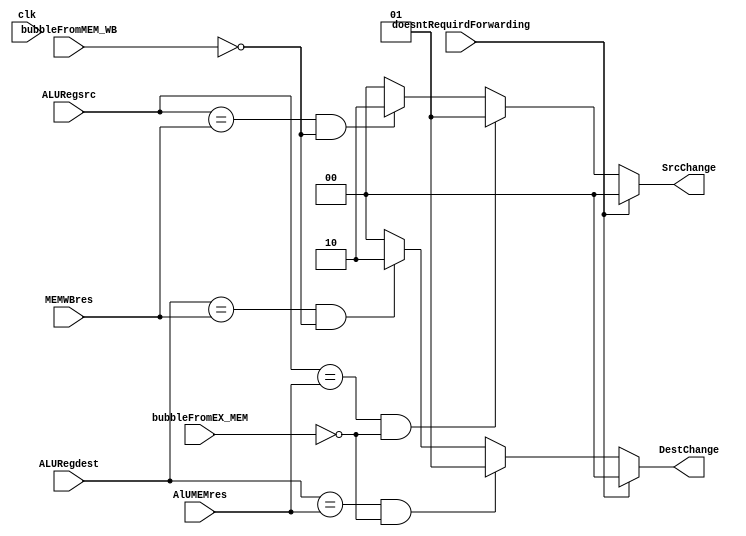
module ForwardingUnit (
    input doesntRequirdForwarding, bubbleFromEX_MEM, bubbleFromMEM_WB, clk,
    input [3:0] ALURegsrc , ALURegdest, AlUMEMres, MEMWBres,
    output reg [1:0] SrcChange, DestChange
);

    initial begin
        SrcChange = 00; 
        DestChange = 00;
    end

    always @(*) begin

        if (!doesntRequirdForwarding) begin

        SrcChange =   ((ALURegsrc == AlUMEMres) && !bubbleFromEX_MEM)? 2'b01
                    : ((ALURegsrc == MEMWBres) && !bubbleFromMEM_WB)?  2'b10
                    : 2'b00;
        DestChange =  ((ALURegdest == AlUMEMres) && !bubbleFromEX_MEM)? 2'b01
                    : ((ALURegdest == MEMWBres) && !bubbleFromMEM_WB)?  2'b10
                    : 2'b00;

        end else begin
            SrcChange = 0;
            DestChange = 0;
        end        

    end



endmodule